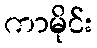
ကာမိုင်း